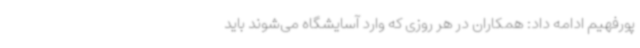
پورفهیم ادامه داد: همکاران در هر روزی که وارد آسایشگاه می‌شوند باید